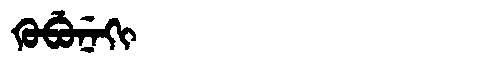
Manchu: ᡴᡠᠪᡠᠨᡝᡴᡳ
Romanization: KUBUNEKI